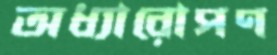
অধ্যারোপণ